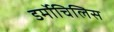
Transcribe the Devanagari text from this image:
डर्मोचिलिस